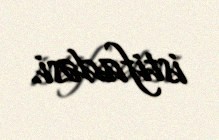
istifadəsi.